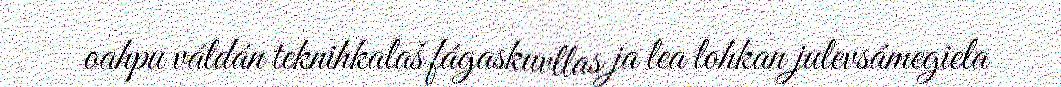
oahpu váldán teknihkalaš fágaskuvllas ja lea lohkan julevsámegiela